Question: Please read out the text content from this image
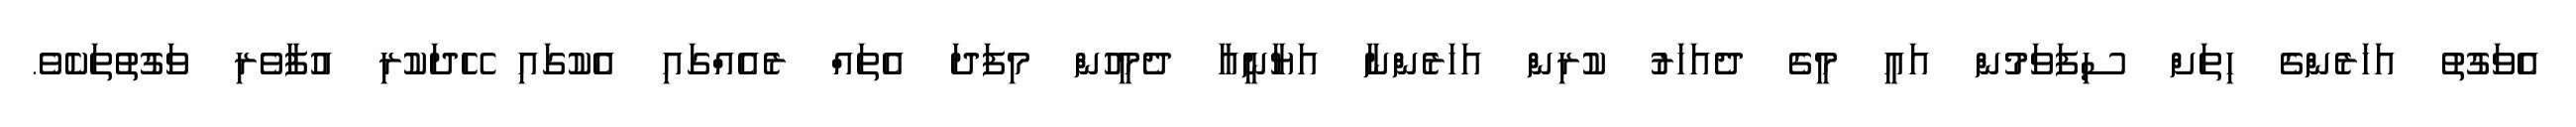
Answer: އެވަގުތު އަހަރެންގެ ހިތަށް ސިފަވަމުން އައީ މީގެ ދެއަހަރު ކުރިން އަހަރެންނާ އަޔާނީއާ ދެމީހުން މިފަދަ އެތައް ރެއެއްގައި އެކުގައި ހޭދަކުރި އުފާވެރި ވަގުތުތަކެވެ.